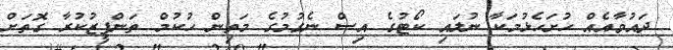
ދައުވާއެއް ހުށަހެޅުމަކާ ނުލައި ކޯޓުގެ އިސް ނެގުމުގެ މަތިން ހުކުމް ތަންފީޒުކުރާ ގޮތަށް